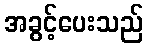
အခွင့်ပေးသည်